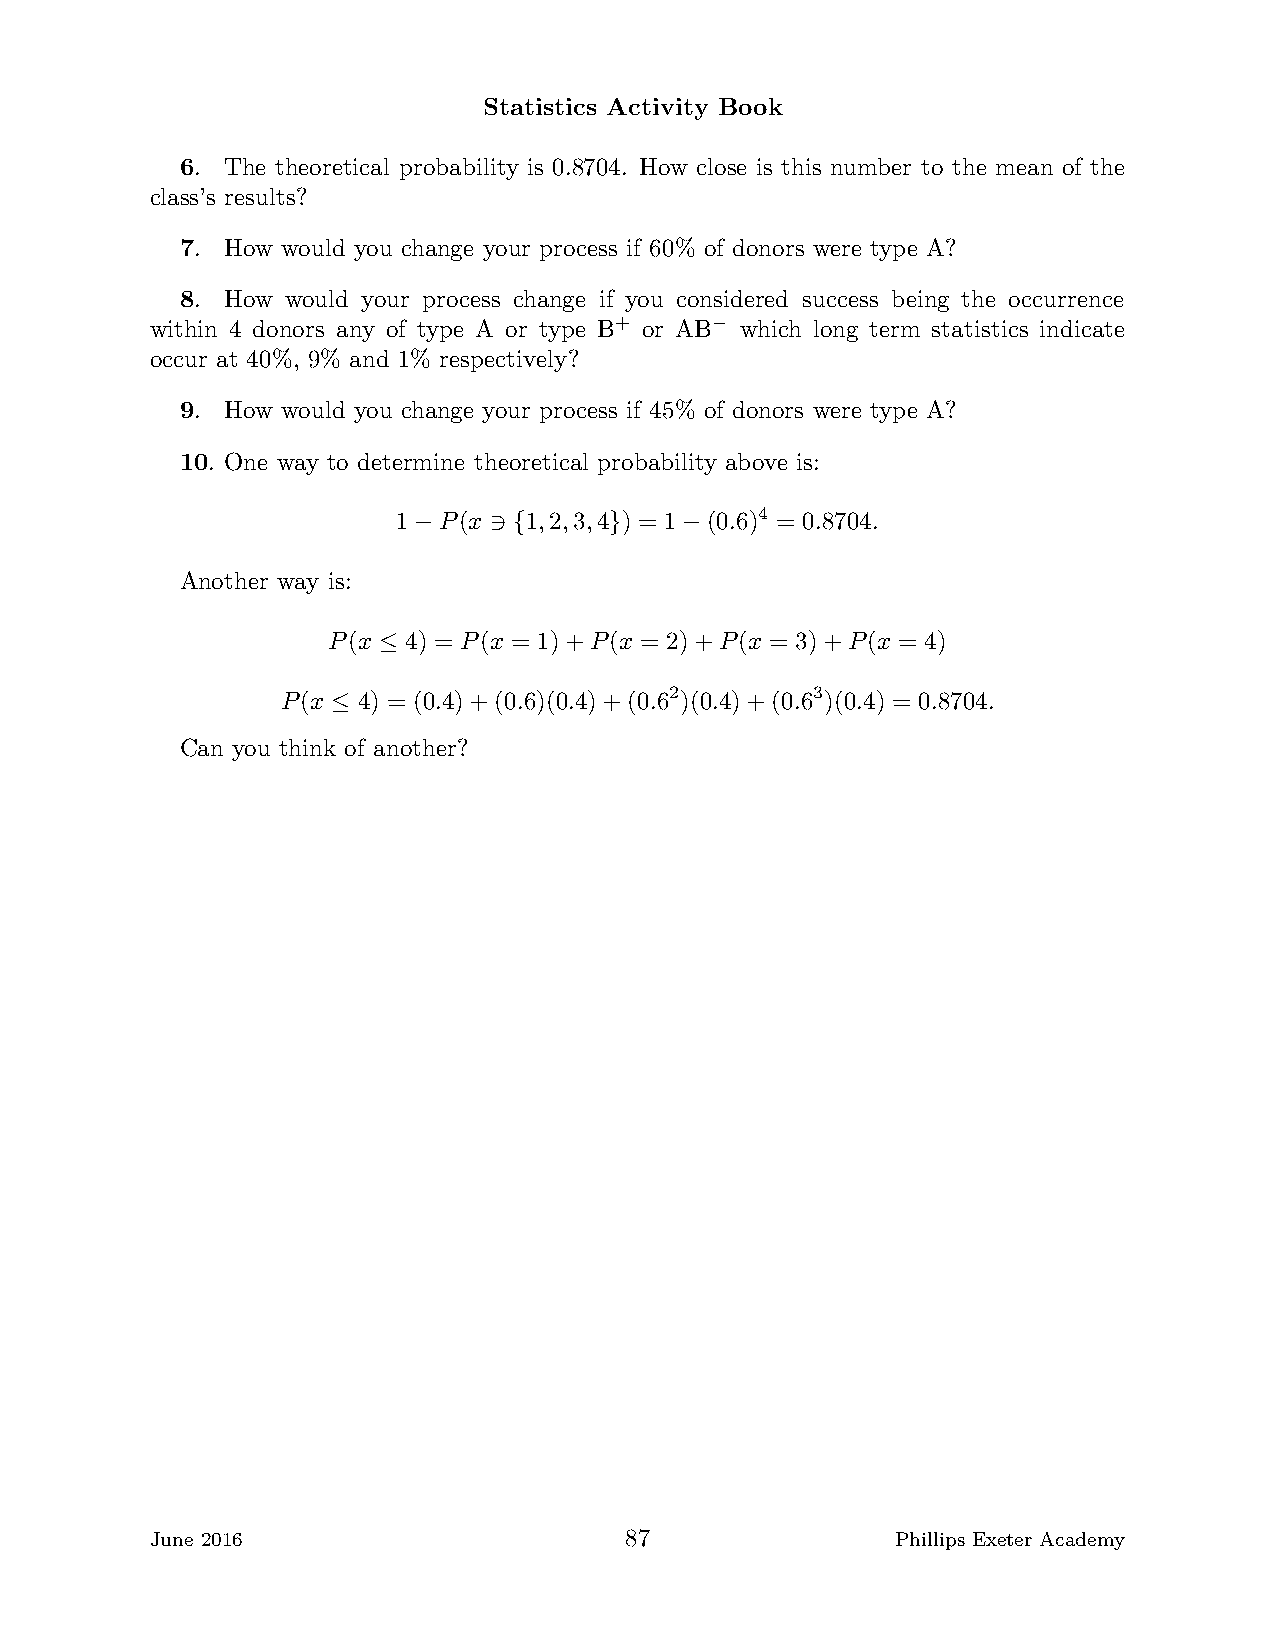
Statistics Activity Book
 6. The theoretical probability is 0.8704. How close is this number to the mean of the
 class’s results?
 7. How would you change your process if 60% of donors were type A?
 8. How would your process change if you considered success being the occurrence
 within 4 donors any of type A or type B+ or AB− which long term statistics indicate
 occur at 40%, 9% and 1% respectively?
 9. How would you change your process if 45% of donors were type A?
 10. One way to determine theoretical probability above is:
 4
 1  P(x   1,2,3,4 )= 1 (0.6) = 0.8704.
 −    ∋ {     }    −
 Another way is:
 P(x  4) = P(x = 1)+P(x = 2)+P(x = 3)+P(x = 4)
 ≤
 2         3
 P(x  4) = (0.4)+(0.6)(0.4)+(0.6 )(0.4)+(0.6 )(0.4) = 0.8704.
 ≤
 Can you think of another?
 June 2016                      87                Phillips Exeter Academy